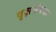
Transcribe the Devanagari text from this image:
वृक्षसंपदा